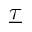
\underline { \tau }